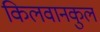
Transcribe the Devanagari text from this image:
किलवानकुल